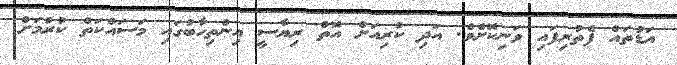
އަޑުތައް ފެތުރިފައި ވަނިކޮށެވެ. އަދި ކުރިއަށް އޮތް ރިޔާސީ އިންތިހާބުގައި މަސައްކަތް ކުރުމަށް